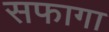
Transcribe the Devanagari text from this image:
सफागा